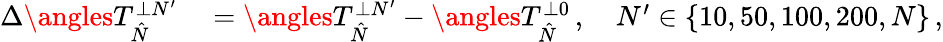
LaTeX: \begin{array}{rl}{\Delta\angles{T}_{\hat{N}}^{\perp N^{\prime}}}&{{}=\angles{T}_{\hat{N}}^{\perp N^{\prime}}-\angles{T}_{\hat{N}}^{\perp 0}\, ,\quad N^{\prime}\in\left\{ 10,50,100,200,N\right\} \, ,}\end{array}